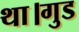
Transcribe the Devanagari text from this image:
था।गुड